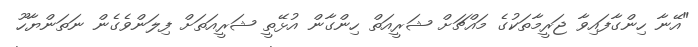
"އޭނާ ހިންގާފައިވާ ޖަރީމާތަކުގެ މައްޗަށް ޝަރީއަތް ހިންގާން އުޅޭތީ ޝަރީއަތަށް ފިލަންވެގެން ނަތަންޔާހޫ